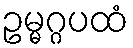
ဥမ္မဂ္ဂပထံ